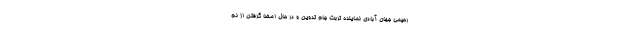
رحیمی جهان آبادی نماینده تربت جام تدوین و در حال امضا گرفتن از نم